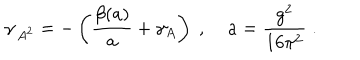
\gamma _ { \, A ^ { 2 } } = - \left( \frac { \beta ( a ) } { a } + \gamma _ { A } \right) \; , \; a = \frac { g ^ { 2 } } { 1 6 \pi ^ { 2 } } \; .